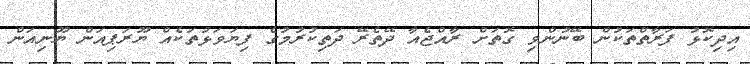
އިދިކޮޅު ފަރާތްތަކުން ބޭނުންވި ގޮތަށް ރާއްޖެއާ ދޭތެރޭ ދަތިކުރުމުގެ ފިޔަވަޅުތަކެއް ޔޫރަޕިއަން ޔޫނިއަން